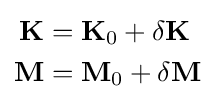
{\begin{aligned}\mathbf {K} &=\mathbf {K} _{0}+\delta \mathbf {K} \\\mathbf {M} &=\mathbf {M} _{0}+\delta \mathbf {M} \end{aligned}}